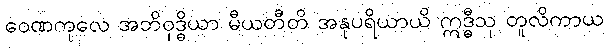
ဝေဏကုလေ အဘိဝုဒ္ဓိယာ မီယတီတိ အနုပရိယာယိ ဣဒ္ဓီသု တူလိကာယ